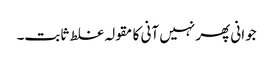
جوانی پھر نہیں آنی کا مقولہ غلط ثابت۔